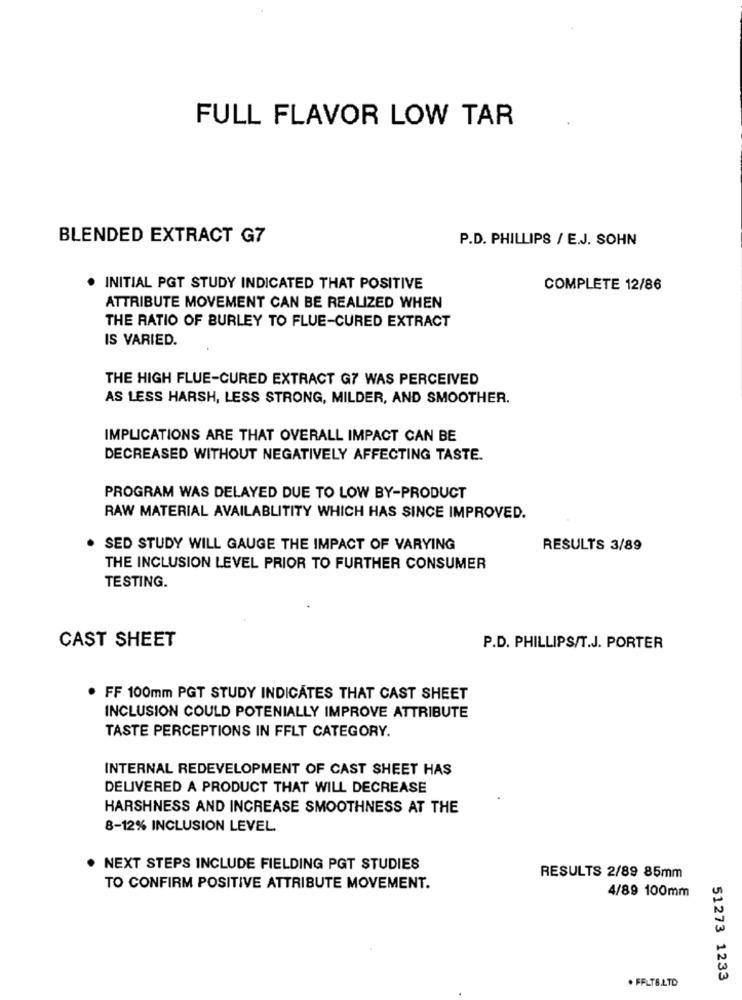
FULL FLAVOR LOW TAR
BLENDED EXTRACT G7
P.D. PHILLIPS / E.J. SOHN
. INITIAL PGT STUDY INDICATED THAT POSITIVE
COMPLETE 12/86
ATTRIBUTE MOVEMENT CAN BE REALIZED WHEN
THE RATIO OF BURLEY TO FLUE-CURED EXTRACT
IS VARIED.
THE HIGH FLUE-CURED EXTRACT G7 WAS PERCEIVED
AS LESS HARSH, LESS STRONG, MILDER, AND SMOOTHER.
IMPLICATIONS ARE THAT OVERALL IMPACT CAN BE
DECREASED WITHOUT NEGATIVELY AFFECTING TASTE.
PROGRAM WAS DELAYED DUE TO LOW BY-PRODUCT
RAW MATERIAL AVAILABLITITY WHICH HAS SINCE IMPROVED.
SED STUDY WILL GAUGE THE IMPACT OF VARYING
RESULTS 3/89
THE INCLUSION LEVEL PRIOR TO FURTHER CONSUMER
TESTING.
CAST SHEET
P.D. PHILLIPS/T.J. PORTER
. FF 100mm PGT STUDY INDICATES THAT CAST SHEET
INCLUSION COULD POTENIALLY IMPROVE ATTRIBUTE
TASTE PERCEPTIONS IN FFLT CATEGORY.
INTERNAL REDEVELOPMENT OF CAST SHEET HAS
DELIVERED A PRODUCT THAT WILL DECREASE
HARSHNESS AND INCREASE SMOOTHNESS AT THE
8-12% INCLUSION LEVEL
NEXT STEPS INCLUDE FIELDING PGT STUDIES
RESULTS 2/89 85mm
TO CONFIRM POSITIVE ATTRIBUTE MOVEMENT.
4/89 100mm
. FFLTB.LTD
51273 1233